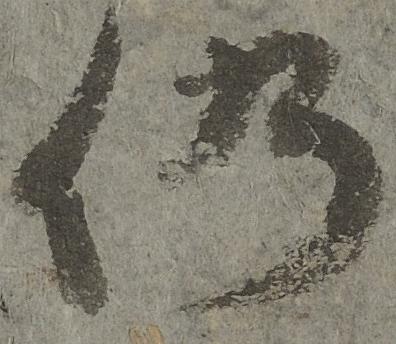
仍